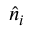
\hat { n } _ { i }